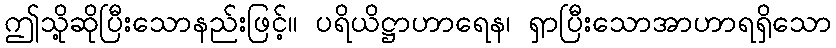
ဤသို့ဆိုပြီးသောနည်းဖြင့်။ ပရိယိဋ္ဌာဟာရေန၊ ရှာပြီးသောအာဟာရရှိသော